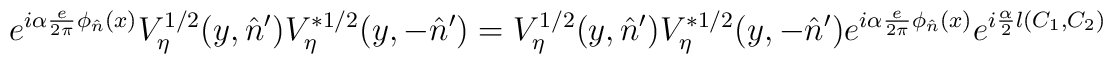
e^{i\alpha\frac{e}{2\pi}\phi_{\hat n}(x)}V^{1/2}_{\eta}(y,\hat n')V^{*1/2}_{\eta}(y,-\hat n')=V^{1/2}_{\eta}(y,\hat n')V^{*1/2}_{\eta}(y,-\hat n')e^{i\alpha\frac{e}{2\pi}\phi_{\hat n}(x)}e^{i\frac{\alpha}{2}l(C_1,C_2)}